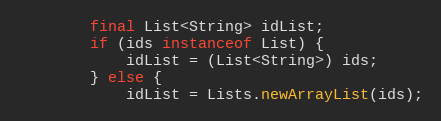
Language: Java
        final List<String> idList;
        if (ids instanceof List) {
            idList = (List<String>) ids;
        } else {
            idList = Lists.newArrayList(ids);